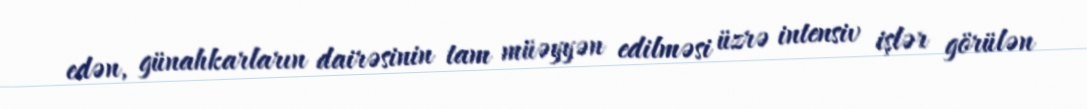
edən, günahkarların dairəsinin tam müəyyən edilməsi üzrə intensiv işlər görülən